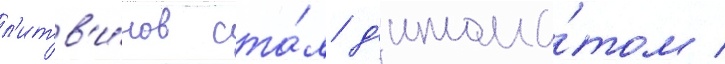
л'итв'и́нов ста́л д'иплома́том /